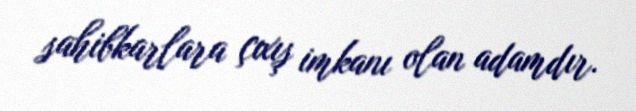
sahibkarlara çıxış imkanı olan adamdır.